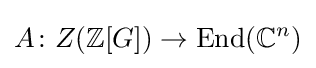
A\colon Z(\mathbb {Z} [G])\rightarrow \operatorname {End} (\mathbb {C} ^{n})